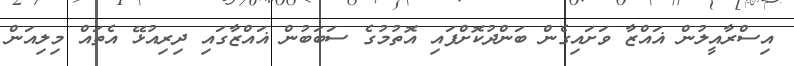
އިސްރާއީލުން ޣައްޒާ ވަށައިގެން ބަންދުކޮށްފައި އޮތުމުގެ ސަބަބުން ޣައްޒާގައި ދިރިއުޅޭ އެތައް މިލިއަން